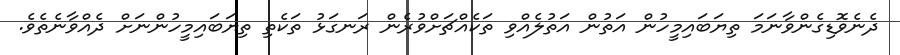
ދެނެވޮޑިގެންވާނަމަ ތިޔަބައިމީހުން އަތުން އަތުލެއްވި ތަކެއްޗަށްވުރެން ރަނގަޅު ތަކެތި ތިޔަބައިމީހުންނަށް ދެއްވާނެތެވެ.